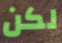
لكن